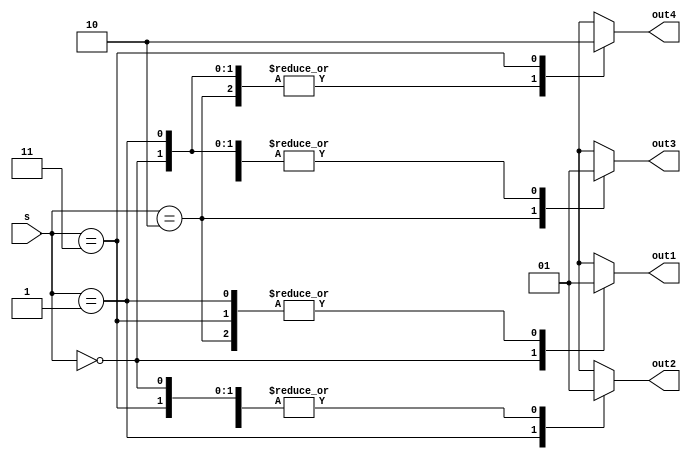
module decoder2_4(s,out1,out2,out3,out4);//decoder2_4
input [1:0]s;//s2
output reg out1,out2,out3,out4;//out1-out41reg
always @(s)//s
begin
out1=1'b1;
out2=1'b1;
out3=1'b1;
out4=1'b1;//out1-out41
	case(s)//
	2'b00:out1=1'b0;//00out1
	2'b01:out2=1'b0;//01out2
	2'b10:out3=1'b0;//10out3
	2'b11:out4=1'b0;//11out4
	endcase
end
endmodule